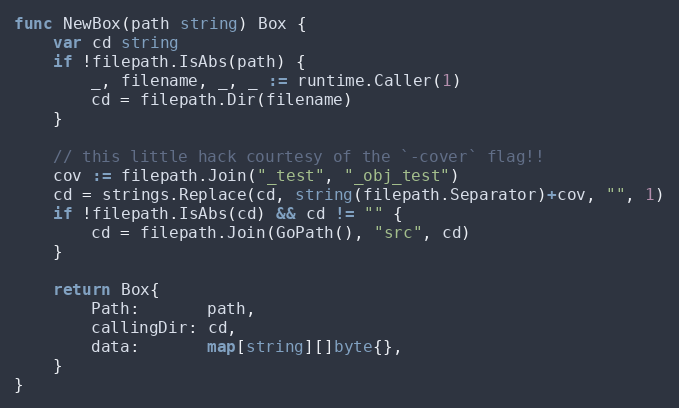
Language: Go
func NewBox(path string) Box {
	var cd string
	if !filepath.IsAbs(path) {
		_, filename, _, _ := runtime.Caller(1)
		cd = filepath.Dir(filename)
	}

	// this little hack courtesy of the `-cover` flag!!
	cov := filepath.Join("_test", "_obj_test")
	cd = strings.Replace(cd, string(filepath.Separator)+cov, "", 1)
	if !filepath.IsAbs(cd) && cd != "" {
		cd = filepath.Join(GoPath(), "src", cd)
	}

	return Box{
		Path:       path,
		callingDir: cd,
		data:       map[string][]byte{},
	}
}